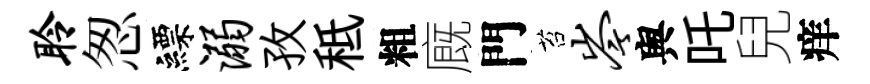
聆怱縹溺孜秪粗廐門苔岑舆吒兒痒